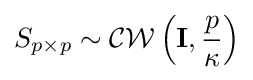
S_{p\times p}\sim {\mathcal {CW}}\left(\mathbf {I} ,{\frac {p}{\kappa }}\right)